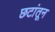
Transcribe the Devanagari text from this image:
छटांतून